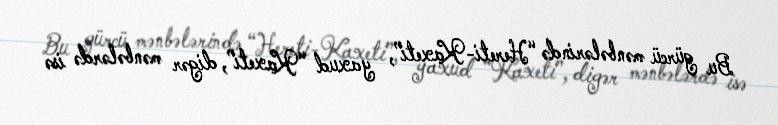
Bu gürcü mənbələrində “Hereti-Kaxeti”, yaxud “Kaxeti”, digər mənbələrdə isə